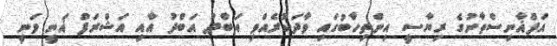
އަފްޣާނިސްތާނުގެ ރިޔާސީ އިންތިހާބުގައި ވާދަކުރެއްވި އަބްދު އަބްދު އާއި އަޝްރަފް ޣަނީ ވަނީ